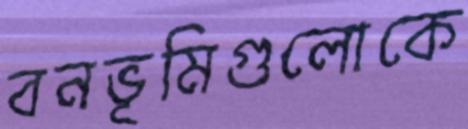
বনভূমিগুলোকে